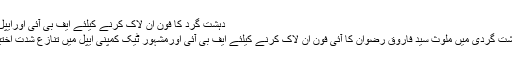
دہشت گرد کا فون ان لاک کرنے کیلئے ایف بی آئی اورایپل میں تنازع -
کیلیفورنیا: دہشت گردی میں ملوث سید فاروق رضوان کا آئی فون ان لاک کرنے کیلئے ایف بی آئی اورمشہور ٹیک کمپنی ایپل میں تنازع شدت اختیارکرگیا ہے۔